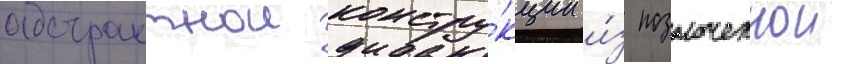
абстрактнои констру́кции и́з позолоченнои